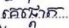
គេផ្តោត